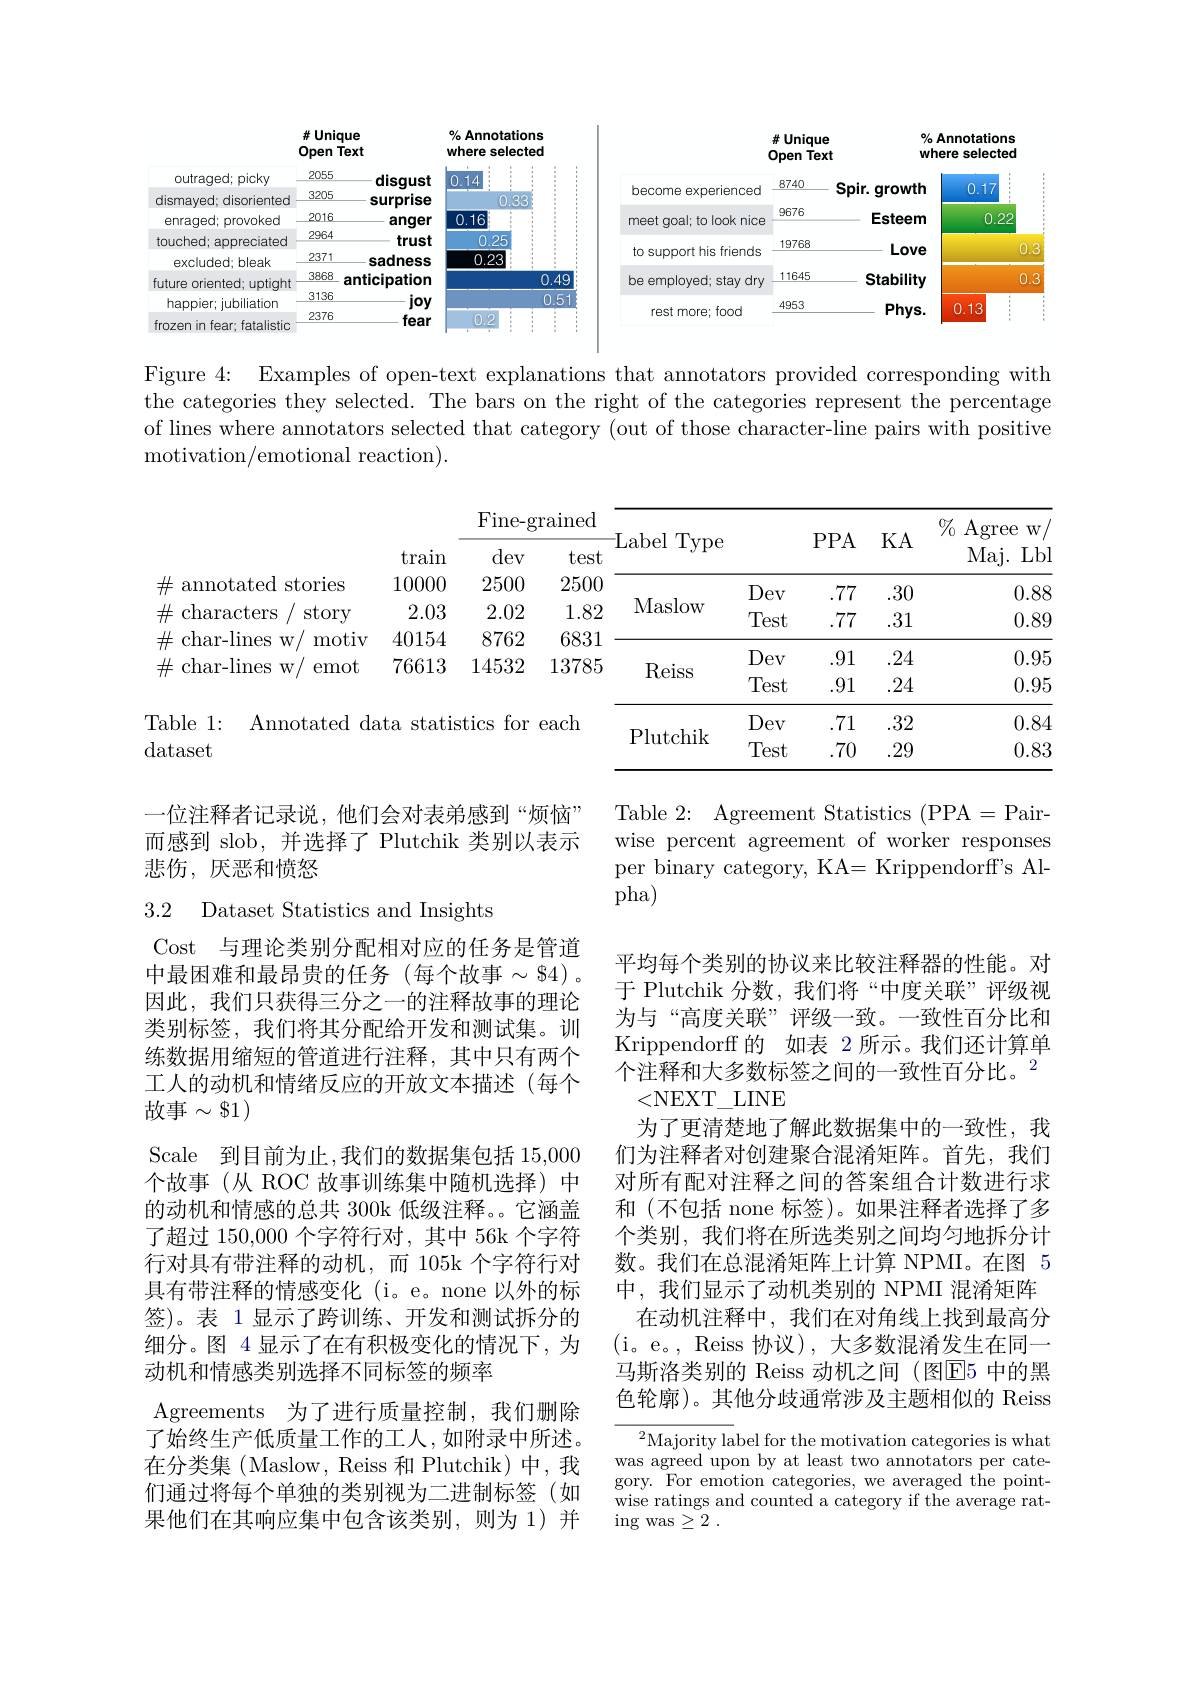
$\#$Unique

% Annotations

% Annotations

$\#$Unique
Text
<table>
	<tbody>
		<tr>
			<th>become experienced</th>
			<th>8740</th>
			<th>$Spir.$ . qrowth</th>
			<th>0.17</th>
			<th> $\begin{array}{c}{{\mathrm{i}}}\\{{\mathrm{i}}}\end{array}$ $\vdots$ $\begin{array}{c}{:}\\{:}\end{array}$ i 1</th>
		</tr>
		<tr>
			<td>meet goal; to look nice</td>
			<td>9676</td>
			<td>Esteem</td>
			<td>0.</td>
			<td>222</td>
		</tr>
		<tr>
			<td>to support his friends</td>
			<td>19768</td>
			<td>Love</td>
			<td> </td>
			<td>0</td>
		</tr>
		<tr>
			<td>be employed; stay dry</td>
			<td>11645</td>
			<td>Stability</td>
			<td> </td>
			<td>0</td>
		</tr>
		<tr>
			<td>rest more; food</td>
			<td>4953</td>
			<td>$Phys.$</td>
			<td>0.13</td>
			<td>****</td>
		</tr>
	</tbody>
</table>

Open Text

where selected

$\underline{2055}$

outraged; picky

disgust 0.14

1888888888

dismayed; disoriented 3205

surprise $\begin{array}{cc}\text{surprise}&0.33\\\text{anger}&0.16\end{array}$

$\underline{2016}$

enraged; provoked

anger

25

touched; appreciated 2964

where selected

trust

$\underline{2371}$

0.23

sadness

excluded; bleak

0.49

future oriented; uptight $\frac{3868}{213c}$ anticipation

$\underline{3136}$

0.51

joy

happier; jubiliation

12

fear

frozen in fear; fatalistic

Figure 4: Examples of open-text explanations that annotators provided corresponding with the categories they selected. The bars on the right of the categories represent the percentage of lines where annotators selected that category (out of those character-line pairs with positive motivation/emotional reaction).

<table>
	<tbody>
		<tr>
			<th> </th>
			<th rowspan="2">train</th>
			<th colspan="2">Fine-grained</th>
			<th rowspan="2">Label Type</th>
			<th> </th>
			<th rowspan="2">$PPA$</th>
			<th rowspan="2">KA</th>
			<th rowspan="2">$\%$ Agree $W$ Maj. Lbl</th>
		</tr>
		<tr>
			<th> </th>
			<th>dev</th>
			<th>test</th>
			<th> </th>
		</tr>
		<tr>
			<td>$\#$ annotated stories</td>
			<td>10000</td>
			<td>2500</td>
			<td>2500</td>
			<td> </td>
			<td>1</td>
			<td>7</td>
			<td> </td>
			<td> </td>
		</tr>
		<tr>
			<td>$\#$ characters story</td>
			<td>2.03</td>
			<td>2.02</td>
			<td>1.82</td>
			<td>Maslow</td>
			<td> </td>
			<td>777</td>
			<td>$VV$ 11</td>
			<td> </td>
		</tr>
		<tr>
			<td>77 元L 110 1</td>
			<td>40104</td>
			<td>${\mathcal{O}}/0{\mathcal{L}}$</td>
			<td>$000\bot$ 7</td>
			<td rowspan="2">Reiss</td>
			<td>Dev</td>
			<td>.91</td>
			<td>24</td>
			<td>0.95</td>
		</tr>
		<tr>
			<td>$\mathbf{vv}/$</td>
			<td>$VV\bot V$</td>
			<td>${\mathbf{L}}{\mathbf{L}}{\mathbf{V}}{\mathbf{V}}{\mathbf{L}}$</td>
			<td>LVIVW 4</td>
			<td>Test</td>
			<td>.91</td>
			<td>24</td>
			<td>0.95</td>
		</tr>
		<tr>
			<td>able 1: Annotated da</td>
			<td>,ta stati:</td>
			<td>stics for</td>
			<td>each</td>
			<td> </td>
			<td>Dev</td>
			<td>.71</td>
			<td>.32</td>
			<td>0.84</td>
		</tr>
		<tr>
			<td>ataset</td>
			<td> </td>
			<td> </td>
			<td> </td>
			<td>Plutcmk</td>
			<td>Test</td>
			<td>.70</td>
			<td>.29</td>
			<td>0.83</td>
		</tr>
	</tbody>
</table>

一位注释者记录说，他们会对表弟感到“烦恼” 而感到 slob,并选择了 Plutchik 类别以表示悲伤，厌恶和愤怒

Table 2: Agreement Statistics (PPA=Pairwise percent agreement of worker responses per binary category, KA= Krippendorff's Alpha)

3.2 Dataset Statistics and Insights

平均每个类别的协议来比较注释器的性能。对于 Plutchik 分数，我们将“中度关联”评级视为与“高度关联”评级一致。一致性百分比和Krippendorff 的 如表 2 所示。我们还计算单个注释和大多数标签之间的一致性百分比。$^2$
<NEXT\_LINE
为了更清楚地了解此数据集中的一致性，我们为注释者对创建聚合混淆矩阵。首先，我们对所有配对注释之间的答案组合计数进行求和 (不包括 none 标签)。如果注释者选择了多个类别，我们将在所选类别之间均匀地拆分计数。我们在总混淆矩阵上计算 NPMI。在图 5中，我们显示了动机类别的 NPMI 混淆矩阵
在动机注释中，我们在对角线上找到最高分(i。e。, Reiss 协议), 大多数混淆发生在同一马斯洛类别的 Reiss 动机之间 (图$\overline{\mathrm{E}}5$ 中的黑色轮廓)。其他分歧通常涉及主题相似的 Reiss

Cost 与理论类别分配相对应的任务是管道中最困难和最昂贵的任务(每个故事$\sim\$4)$。因此，我们只获得三分之一的注释故事的理论类别标签，我们将其分配给开发和测试集。训练数据用缩短的管道进行注释，其中只有两个工人的动机和情绪反应的开放文本描述(每个故事$\sim\$1)$
Scale 到目前为止，我们的数据集包括 15,000个故事(从 ROC 故事训练集中随机选择)中的动机和情感的总共 300k 低级注释。它涵盖了超过 150,000 个字符行对，其中 56k 个字符行对具有带注释的动机，而 105k 个字符行对具有带注释的情感变化(i。e。none 以外的标签)。表 1 显示了跨训练、开发和测试拆分的细分。图 4 显示了在有积极变化的情况下，为动机和情感类别选择不同标签的频率
Agreements 为了进行质量控制，我们删除了始终生产低质量工作的工人，如附录中所述。在分类集 (Maslow, Reiss 和 Plutchik) 中，我们通过将每个单独的类别视为二进制标签(如果他们在其响应集中包含该类别，则为 1)并

$^{2}$Majority label for the motivation categories is what was agreed upon by at least two annotators per category. For emotion categories, we averaged the pointwise ratings and counted a category if the average rat- $\operatorname{ing}$ was$\geq 2$ .